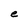
Character: e